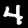
Label: 4